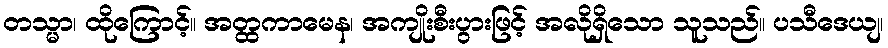
တသ္မာ၊ ထိုကြောင့်။ အတ္ထကာမေန၊ အကျိုးစီးပွားဖြင့် အလိုရှိသော သူသည်။ ပသီဒေယျ၊